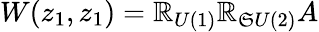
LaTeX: W(z_{1},z_{1})=\mathbb{R}_{U(1)}\mathbb{R}_{\mathfrak{S}U(2)}A